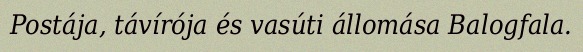
Postája, távírója és vasúti állomása Balogfala.